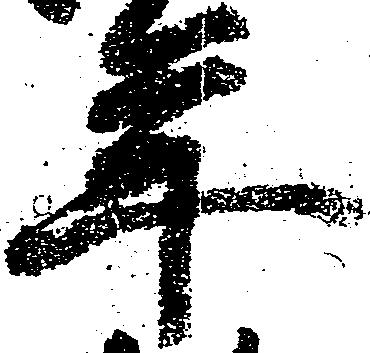
年